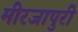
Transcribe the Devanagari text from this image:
मीरजापुरी